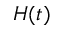
H ( t )